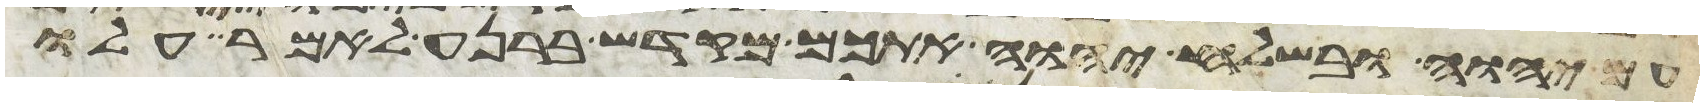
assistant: יהוה ובשלח יהוה אתכם מקדש ברנע לאמר עלו